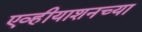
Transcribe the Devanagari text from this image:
एव्हीयाशनच्या